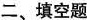
二、填空题